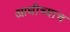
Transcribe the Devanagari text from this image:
आधीच्याच